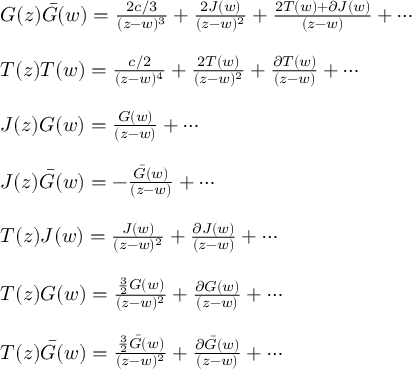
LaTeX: \begin{array} { l } { { G ( z ) \bar { G } ( w ) = \frac { 2 c / 3 } { ( z - w ) ^ { 3 } } + \frac { 2 J ( w ) } { ( z - w ) ^ { 2 } } + \frac { 2 T ( w ) + \partial J ( w ) } { ( z - w ) } + \cdots } } \\ { { \ } } \\ { { T ( z ) T ( w ) = \frac { c / 2 } { ( z - w ) ^ { 4 } } + \frac { 2 T ( w ) } { ( z - w ) ^ { 2 } } + \frac { \partial T ( w ) } { ( z - w ) } + \cdots } } \\ { { \ } } \\ { { J ( z ) G ( w ) = \frac { G ( w ) } { ( z - w ) } + \cdots } } \\ { { \ } } \\ { { J ( z ) \bar { G } ( w ) = - \frac { \bar { G } ( w ) } { ( z - w ) } + \cdots } } \\ { { \ } } \\ { { T ( z ) J ( w ) = \frac { J ( w ) } { ( z - w ) ^ { 2 } } + \frac { \partial J ( w ) } { ( z - w ) } + \cdots } } \\ { { \ } } \\ { { T ( z ) G ( w ) = \frac { \frac { 3 } { 2 } G ( w ) } { ( z - w ) ^ { 2 } } + \frac { \partial G ( w ) } { ( z - w ) } + \cdots } } \\ { { \ } } \\ { { T ( z ) \bar { G } ( w ) = \frac { \frac { 3 } { 2 } \bar { G } ( w ) } { ( z - w ) ^ { 2 } } + \frac { \partial \bar { G } ( w ) } { ( z - w ) } + \cdots } } \end{array}